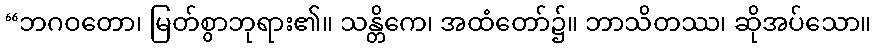
“ဘဂဝတော၊ မြတ်စွာဘုရား၏။ သန္တိကေ၊ အထံတော်၌။ ဘာသိတဿ၊ ဆိုအပ်သော။